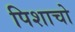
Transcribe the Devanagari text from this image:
पिशाचो